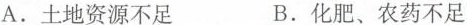
A. 土地资源不足 B. 化肥、农药不足